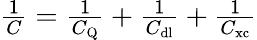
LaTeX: \begin{array}{r}{\frac{1}{C}=\frac{1}{C_{\mathrm{Q}}}+\frac{1}{C_{\mathrm{dl}}}+\frac{1}{C_{\mathrm{xc}}}}\end{array}